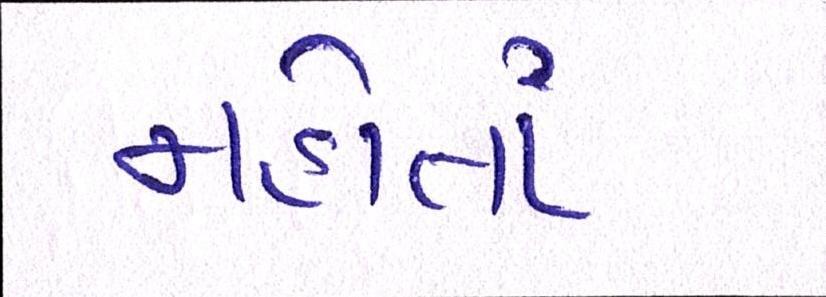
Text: નહોતાં